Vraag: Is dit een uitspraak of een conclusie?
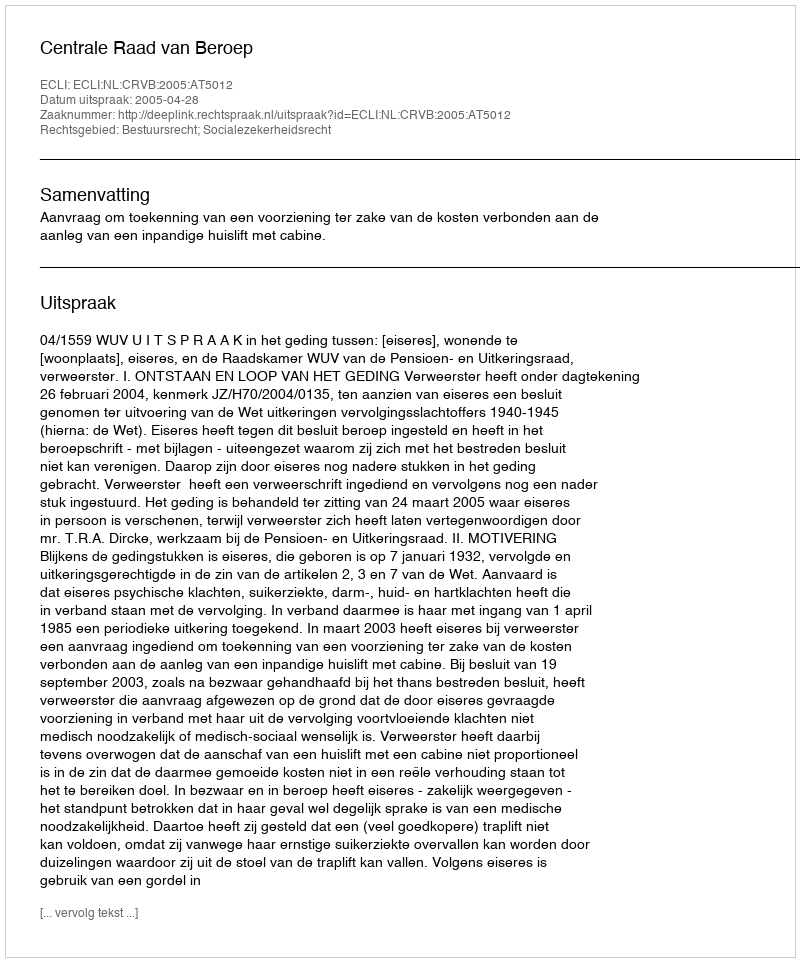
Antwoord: Uitspraak